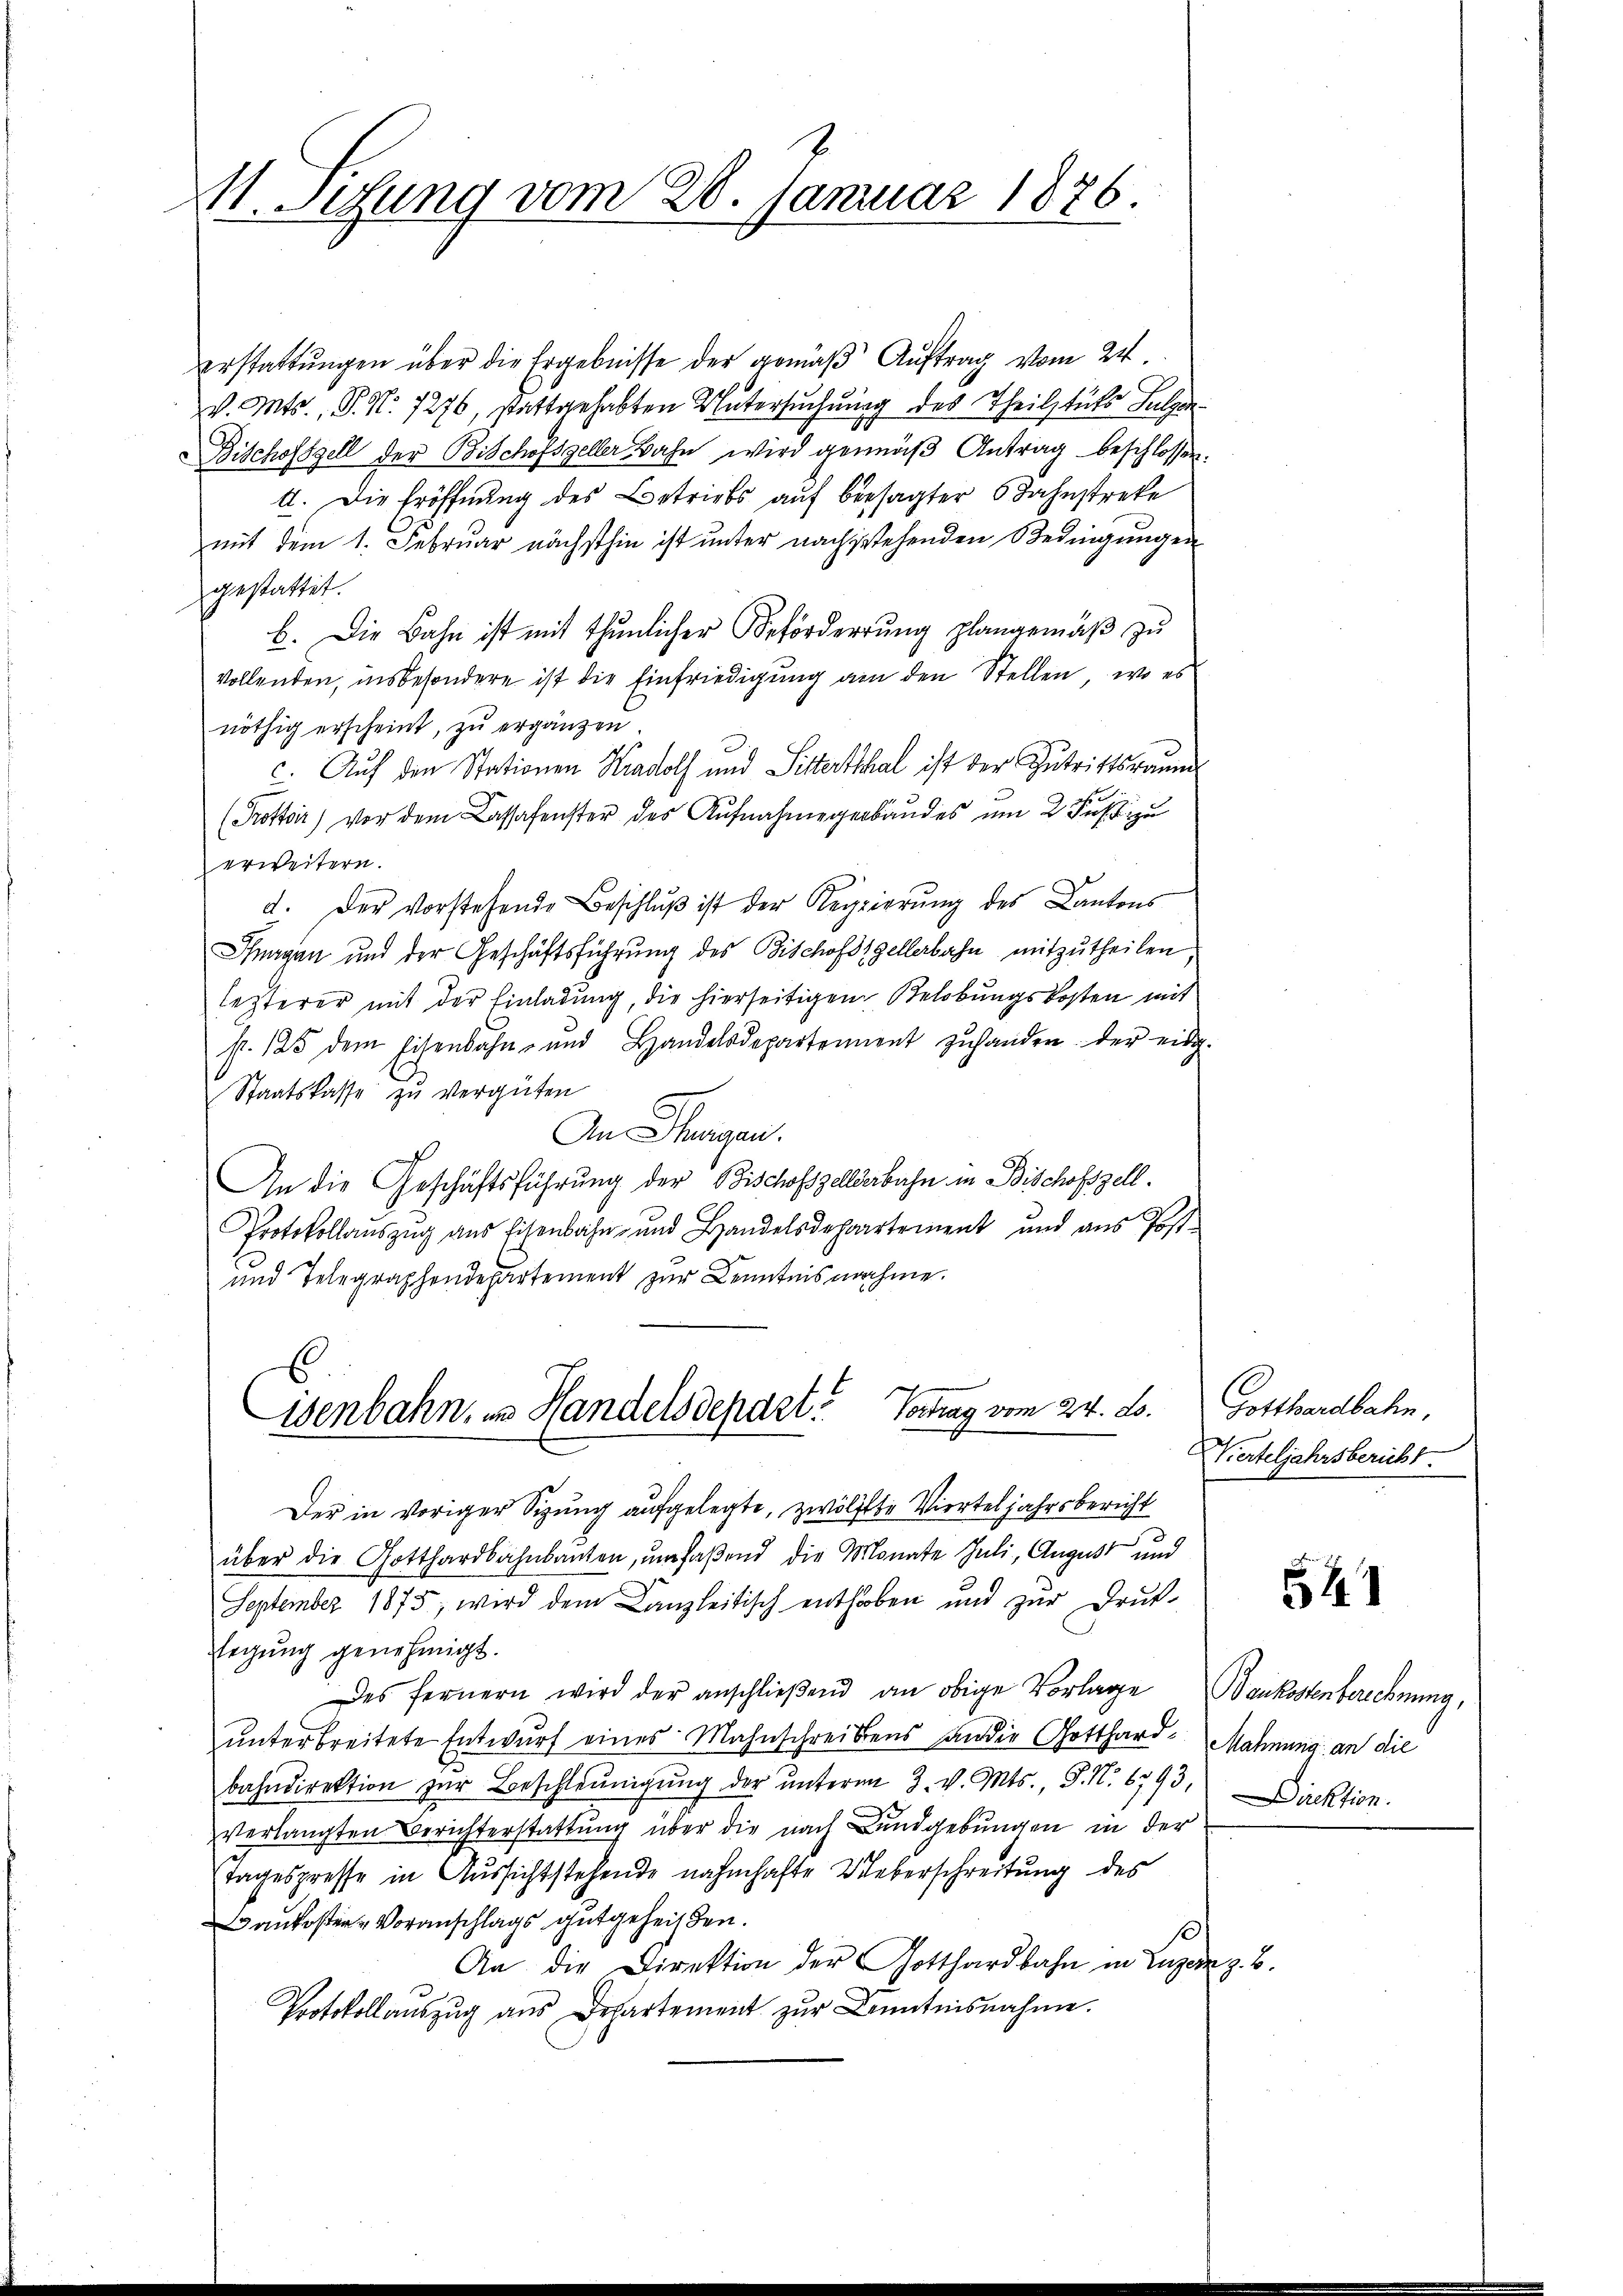
11. Setzung vom 28. Januar 1876.

erstattungen über die Ergebnisse der gemäß Auftrag vom 24
v. Mts., P. Nr. 7276, stattgehabten Untersuchung des Theilstuts Sulgen
Bischofsgell der Bischofsgeller Bahn wird gemäβ Antrag beschlossen:
A. Die Eröffnung des Betriebs auf besagter 6 Jahnstrete
mit dem 1. Februar nächsthin ist unter nachstehenden Bedingungen
gestattet.
b. Die Bahn ist mit thŭnlicher Beförderrŭng plangemäβ zŭ
vollenden, insbesondere ist die Einfriedigung am den Stellen, wo es
nöthig erscheint, zu ergänzen.
c. Auf den Stationen Kradolf und Sitterthal ist der Zutrittsraum
(Trottoir) vor dem Cassafenster des Aufnahmegerbaudes um 2 Fuß zu
erweitern.
d. Der Vorstehende Beschlŭβ ist der Regierŭng des Cantons
Huagan und der Geschäftsführung des Bischofzellerbahn mitzutheilen,
lezterer mit der Einladung, die hierseitigen Belobungskosten mit
p. 125 dem Eisenbahn- und Handelsdepartement zŭ hander der eidg.
Staatskasse zu vergüten
An Therigen.
x
An die Geschäftsführung der Bischofszellderbahn in Bischofszell.
Protokollaŭszŭg ans Eisenbahn- und Handelsdepartement und aŭs Post-
und Telegraphendepartement zur Kenntnisnahme.
isenbahn, in Handelsdepart. Vortrag vom 24. d.
Der in voriger Sizung aufgelegte, zwölffte Vierteljahrsbericht
über die Gotthardbahnbauten, ŭmfaβend die Monate Juli, August und
September 1875, wird dem Canzleitisch enthoben und zŭr Druk-
legŭng genehmigt.
Des fernern wird der anschlieβend an obige Vorlage Baukostenberechnung,
unterbreitete Entwurf eines Mahnschreibens an der Gotthard- Mahnung an die
bahndirektion zur Beschleunigung der unterm 2. v. Mts., S. N. 6793,
verlangten Berichterstattung über die nach Bundgebungen in der
tagespresse in Aussichtstehende nahmhafte Ueberschreitung des
aukoster Voranschlags gutgeheißen.
An die Direktion der Gotthardbahn in Luzern z. B
Protokollauszug aus Departement zur Kenntnisnahme.

Gotthardbahn.
Vierteljahrsbericht.

541

Direktion.

3